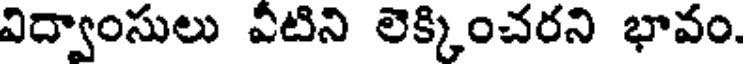
విద్వాంసులు వీటిని లెక్కించరని భావం.